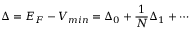
\Delta = E _ { F } - V _ { m i n } = \Delta _ { 0 } + \frac { 1 } { N } \Delta _ { 1 } + \cdots